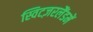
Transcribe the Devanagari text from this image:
स्विटज़रलैंडमें